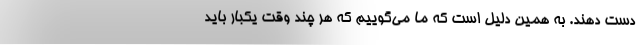
دست دهند. به همین دلیل است که ما می‌گوییم که هر چند وقت یکبار باید